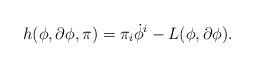
LaTeX: \begin{align*}h(\phi, \partial \phi, \pi) = \pi_i \dot{\phi}^i - L(\phi, \partial \phi).\end{align*}